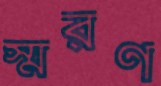
স্মরণ